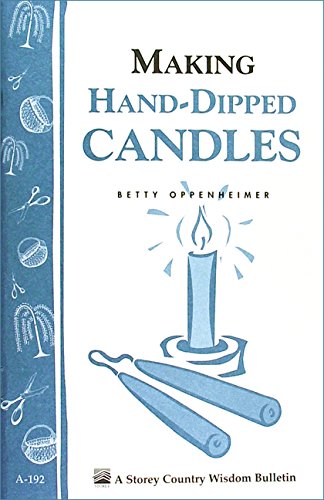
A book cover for Making Hand-Dipped Candles: Storey's Country Wisdom Bulletin A-192 (Storey Country Wisdom Bulletin, a-192); Betty Oppenheimer; Crafts, Hobbies & Home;